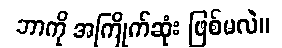
ဘာကို အကြိုက်ဆုံး ဖြစ်မလဲ။